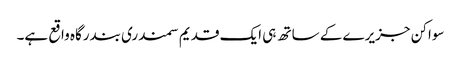
سواکن جزیرے کے ساتھ ہی ایک قدیم سمندری بندرگاہ واقع ہے۔